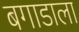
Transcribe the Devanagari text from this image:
बगाडाला